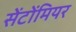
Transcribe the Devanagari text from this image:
सेंटोंमियर